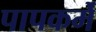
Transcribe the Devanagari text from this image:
पापकर्मे